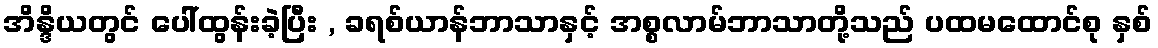
အိန္ဒိယတွင် ပေါ်ထွန်းခဲ့ပြီး , ခရစ်ယာန်ဘာသာနှင့် အစ္စလာမ်ဘာသာတို့သည် ပထမထောင်စု နှစ်